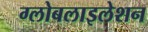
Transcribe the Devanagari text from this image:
ग्‍लोबलाइलेशन